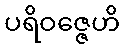
ပရိဝဇ္ဇေဟိ